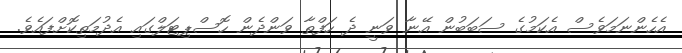
އެހެންނަމަވެސް އެކަމުގެ ސަބަބުން އޭނާ ވަނީ ދެ ހަފްތާ ވަންދެން ހޮސްޕިޓަލްގައި އެދުމަތިކޮށްފައެެވެ.